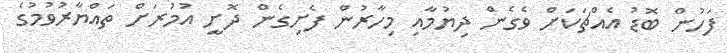
ފަހުން ބޮޑު އެއްޗަކަށް ވެގެން ދިޔުމާއި މިހާރުން ފެށިގެން ދޮށީ އުމުރަށް ތައްޔާރުވުމުގެ